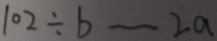
1 0 2 \div b \sim 2 a